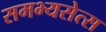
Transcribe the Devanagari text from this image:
समभ्यसेत्स